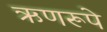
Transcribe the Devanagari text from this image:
ऋणरूपे